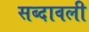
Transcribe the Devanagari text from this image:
सब्दावली